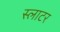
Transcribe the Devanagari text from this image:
स्‍लाटर